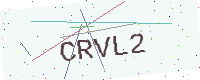
Text: CRVL2